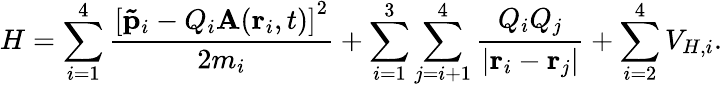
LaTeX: H=\sum_{i=1}^{4}\frac{\left[\mathbf{\tilde{p}}_{i}-Q_{i}\mathbf{A}(\mathbf{r}_{i},t)\right]^{2}}{2m_{i}}+\sum_{i=1}^{3}\sum_{j=i+1}^{4}\frac{Q_{i}Q_{j}}{|\mathbf{r}_{i}-\mathbf{r}_{j}|}+\sum_{i=2}^{4}V_{H,i}.